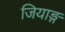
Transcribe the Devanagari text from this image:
जियाङ्ग